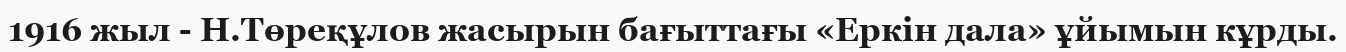
1916 жыл - Н.Төреқұлов жасырын бағыттағы «Еркін дала» ұйымын кұрды.